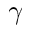
\gamma